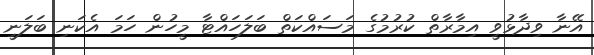
އޭނާ ވިދާޅުވީ އިމާރާތް ކުރުމުގެ މަސައްކަތް ބަލަހައްޓާ މީހުން ހަމަ އެކަނި ބަލަނީ